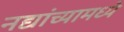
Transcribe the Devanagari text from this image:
नद्यांच्यामध्ये